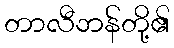
တာလီဘန်တို့၏